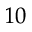
1 0